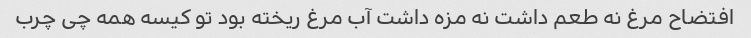
افتضاح مرغ نه طعم داشت نه مزه داشت آب مرغ ریخته بود تو کیسه همه چی چرب